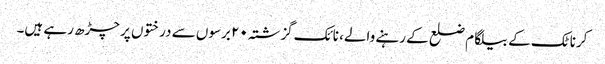
کرناٹک کے بیلگام ضلع کے رہنے والے، نائک گزشتہ ۲۰ برسوں سے درختوں پر چڑھ رہے ہیں۔